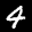
Label: 4